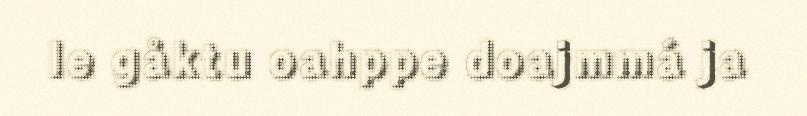
le gåktu oahppe doajmmá ja